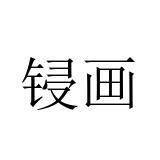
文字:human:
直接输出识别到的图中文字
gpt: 锓画